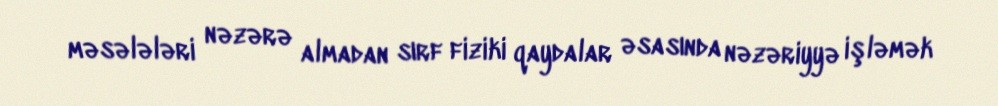
məsələləri nəzərə almadan sırf fiziki qaydalar əsasında nəzəriyyə işləmək